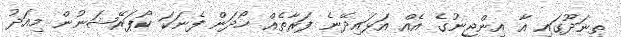
ތިނަދޫގައި އާ އިންޖީނުގެ އެއް އަޅައިދޭނެ ފަރާތެއް ހޯދަން ފެނަކަ ކޯޕަރޭޝަނުން މިއަދު